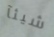
شيئآ